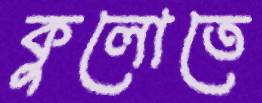
কুলোতে